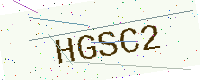
Text: HGSC2